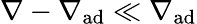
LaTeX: \nabla-\nabla_{\mathrm{ad}}\ll\nabla_{\mathrm{ad}}